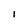
Character: 1